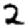
Digit: 2